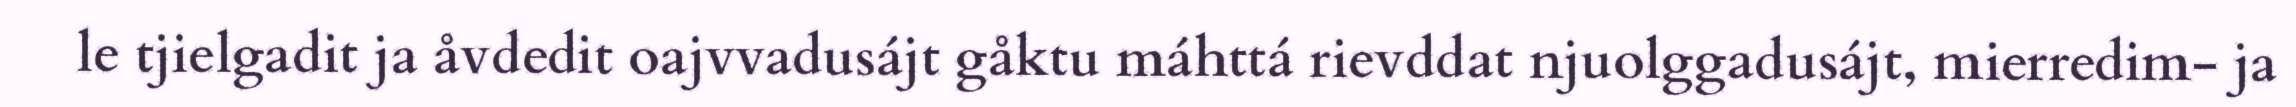
le tjielgadit ja åvdedit oajvvadusájt gåktu máhttá rievddat njuolggadusájt, mierredim- ja